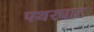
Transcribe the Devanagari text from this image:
पथरघाट